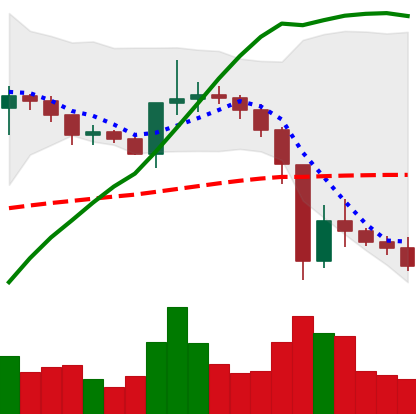
Ticker: XRP-USD
Chart end date: 2020-12-28
Forward return: -10.608%
Label: down_7plus